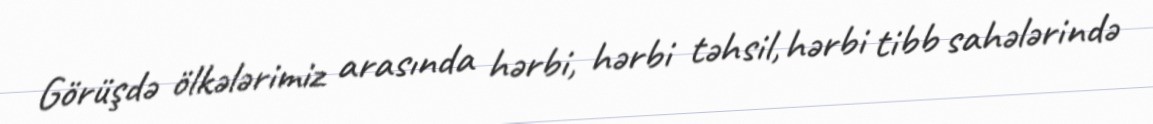
Görüşdə ölkələrimiz arasında hərbi, hərbi təhsil, hərbi tibb sahələrində